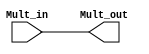
module Multiplicand (
    input [31:0] Mult_in,
    output [31:0] Mult_out
);
    assign Mult_out = Mult_in;

endmodule